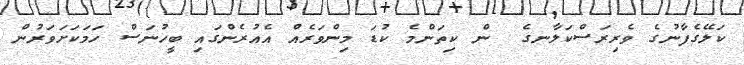
ކަލޭގެފާނުގެ ވެރިރަސްކަލާނގެ  ން ކިތަންމެ ކުޑަ މިންވަރެއް އެއުރެންގައި ބީހުނަސް ހަމަކަށަވަރުން